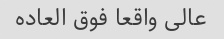
عالی واقعا فوق العاده